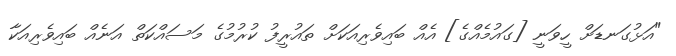
"އަޅުގަނޑަށް ހީވަނީ [ގައުމެއްގެ] އެއް ބައިވެރިއަކަށް ތައުރީފު ކުރުމުގެ މަސައްކަތް އަނެއް ބައިވެރިއަކާ